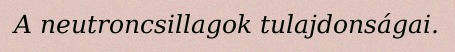
A neutroncsillagok tulajdonságai.